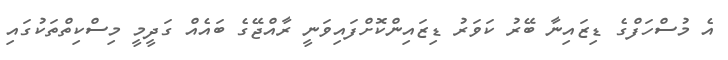
އެ މުސްހަފްގެ ޑިޒައިނާ ބޭރު ކަވަރު ޑިޒައިންކޮށްފައިވަނީ ރާއްޖޭގެ ބައެއް ގަދީމީ މިސްކިތްތަކުގައި